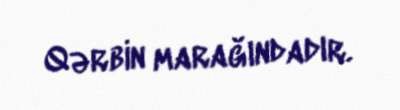
Qərbin marağındadır.